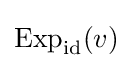
\operatorname {Exp} _{\mathrm {id} }(v)